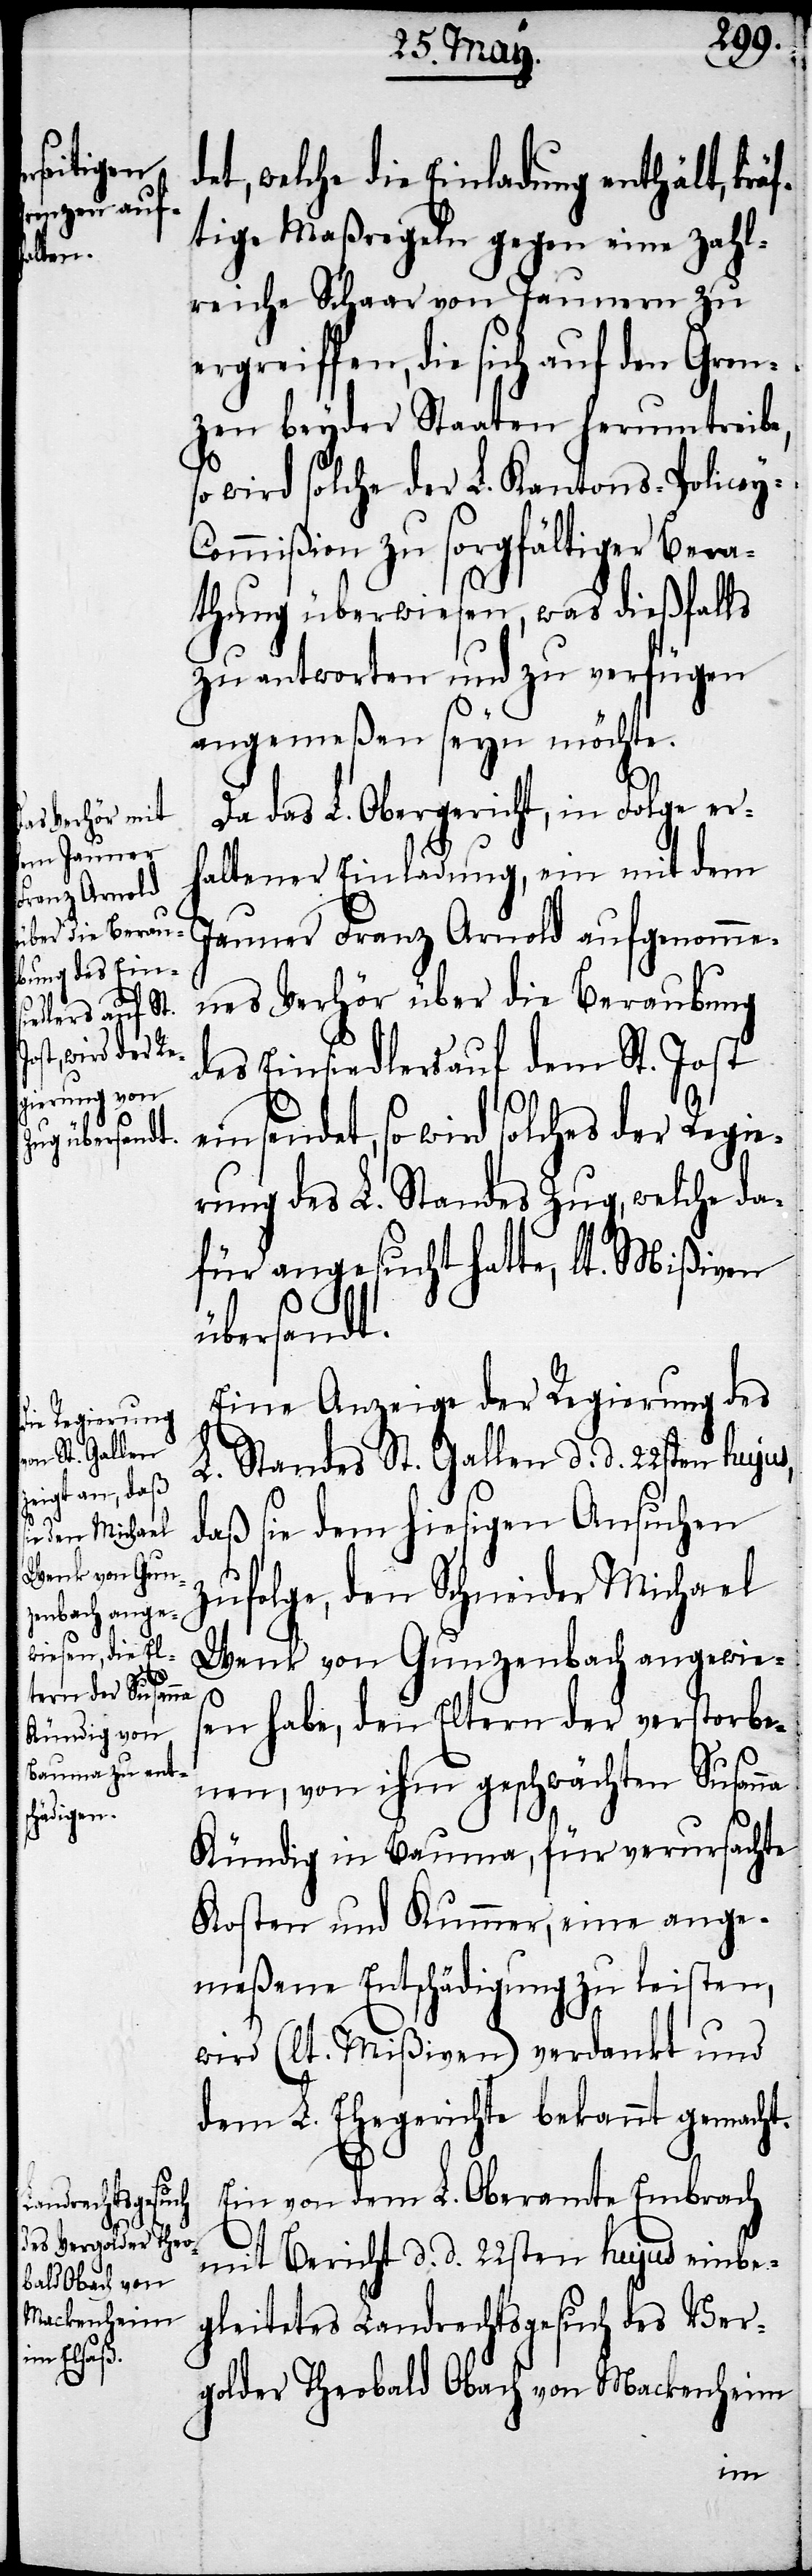
det, welche die Einladung enthält, kräf¬
tige Maßregeln gegen eine zahl¬
reiche Schaar von Jaunern zu
ergreiffen, die sich auf den Gren¬
zen beyder Staaten herumtreibe,
so wird solche der L. Kantons-Policey-C¬
ommißion zu sorgfältiger Bera¬
thung überwiesen, was dießfalls
zu antworten und zu verfügen
angemeßen seyn möchte.
Da das L. Obergericht, in Folge er¬
haltener Einladung, ein mit dem
Jauner Franz Arnold aufgenomme¬
nes Verhör über die Beraubung
des Einsiedlers auf dem St. Jost
endet, so wird solches der Regie¬
rung des L. Standes Zug, welche da¬
für angesucht hatte, lt. Mißiven
übersandt.
Eine Anzeige der Regierung des
L. Standes St. Gallen d. d. 22sten hujus,
daß sie dem hiesigen Ansuchen
zufolge, den Schneider Michael
Wenk von Gunzenbach angewies¬
en habe, den Eltern der verstorbe¬
nen, von ihm geschwächten Susanna
Kündig in Bauma, für verursachte
Kosten und Kummer, eine ange¬
meßene Entschädigung zu leisten,
wird (lt. Mißiven) verdankt und
dem L. Ehegerichte bekannt gemacht.
Ein von dem L. Oberamte Embrach
mit Bericht d. d. 22sten hujus einbe¬
gleitetes Landrechtsgesuch des Ver¬
golder Theobald Obach von Mackenheim
eins¬